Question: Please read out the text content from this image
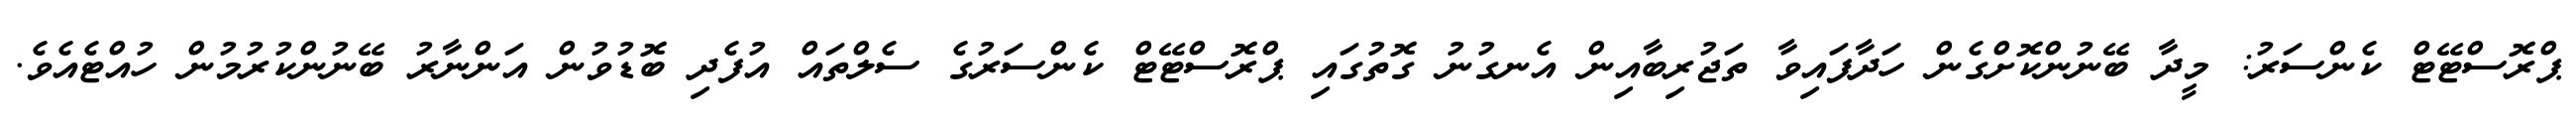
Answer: ޕްރޮސްޓޭޓް ކެންސަރު: މީދާ ބޭނުންކޮށްގެން ހަދާފައިވާ ތަޖުރިބާއިން އެނގުނު ގޮތުގައި ޕްރޮސްޓޭޓް ކެންސަރުގެ ސެލްތައް އުފެދި ބޮޑުވުން އަންނާރު ބޭނުންކުރުމުން ހުއްޓެއެވެ.